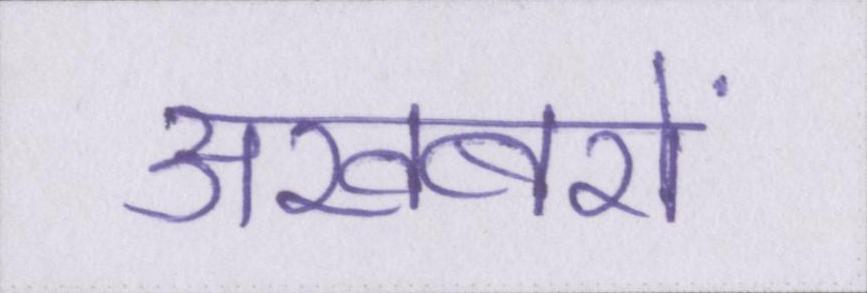
अखबरों